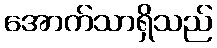
အောက်သာရှိသည်